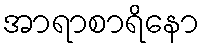
အာရာစာရိနော